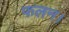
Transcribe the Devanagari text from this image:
फलन।